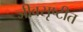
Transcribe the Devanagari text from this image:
जीवसृष्टीत